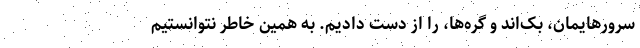
سرورهایمان، بک‌اند و گره‌ها، را از دست دادیم. به همین خاطر نتوانستیم